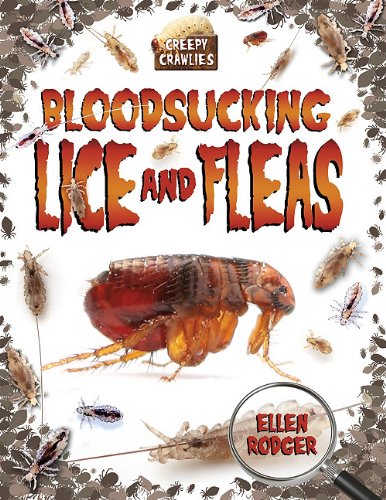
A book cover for Bloodsucking Lice and Fleas (Creepy Crawlies); Ellen Rodger; Health, Fitness & Dieting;